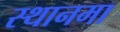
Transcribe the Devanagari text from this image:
स्थानमा